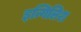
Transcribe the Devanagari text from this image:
इन्गिलिश